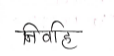
मजकूर: निर्वाह